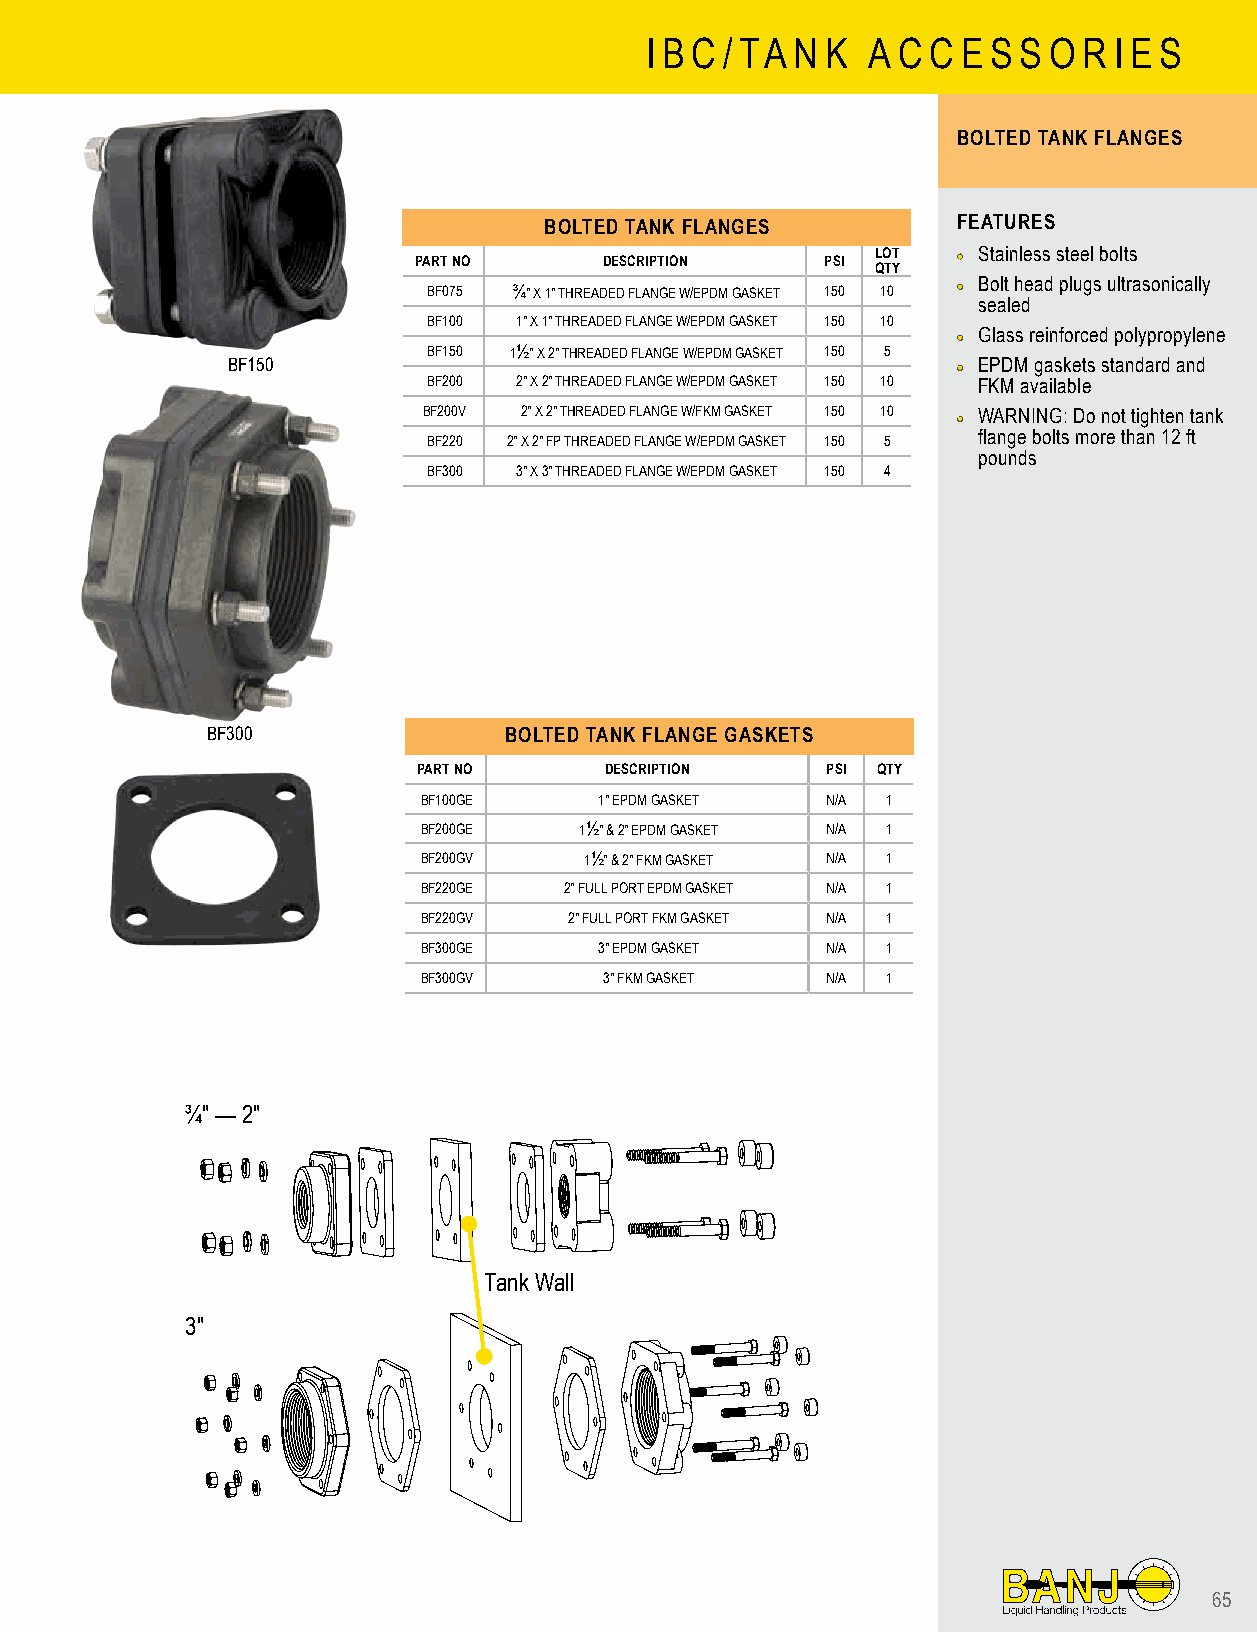
I B C / TA N K A C C E S S O R I E S
 BOLTED TANK FLANGES
 BOLTED TANK FLANGES        FEATURES
 PART NO      DESCRIPTION    PSI LOT •• Stainless steel bolts
 QTY
 BF075 ¾" X 1" THREADED FLANGE W/EPDM GASKET 150 10 •• Bolt head plugs ultrasonically
 sealed
 BF100 1" X 1" THREADED FLANGE W/EPDM GASKET 150 10
 •• Glass reinforced polypropylene
 BF150 1½" X 2" THREADED FLANGE W/EPDM GASKET 150 5
 BF150                                           •• EPDM gaskets standard and
 BF200 2" X 2" THREADED FLANGE W/EPDM GASKET 150 10 FKM available
 BF200V 2" X 2" THREADED FLANGE W/FKM GASKET 150 10 •• WARNING: Do not tighten tank
 BF220 2" X 2" FP THREADED FLANGE W/EPDM GASKET 150 5 flange bolts more than 12 ft
 pounds
 BF300 3" X 3" THREADED FLANGE W/EPDM GASKET 150 4
 BF300              BOLTED TANK FLANGE GASKETS
 PART NO     DESCRIPTION    PSI QTY
 BF100GE     1" EPDM GASKET N/A 1
 BF200GE   1½" & 2" EPDM GASKET N/A 1
 BF200GV    1½" & 2" FKM GASKET N/A 1
 BF220GE  2" FULL PORT EPDM GASKET N/A 1
 BF220GV   2" FULL PORT FKM GASKET N/A 1
 BF300GE     3" EPDM GASKET N/A 1
 BF300GV     3" FKM GASKET  N/A 1
 ¾" — 2"
 Tank Wall
 3"
 65